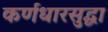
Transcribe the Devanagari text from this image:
कर्णधारसुद्धा